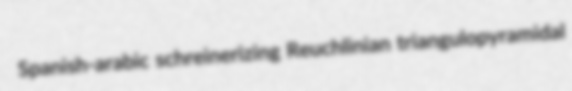
Spanish-arabic schreinerizing Reuchlinian triangulopyramidal